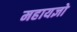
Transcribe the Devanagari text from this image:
महायज्ञो